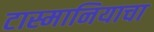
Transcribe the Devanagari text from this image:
टास्मानियाचा